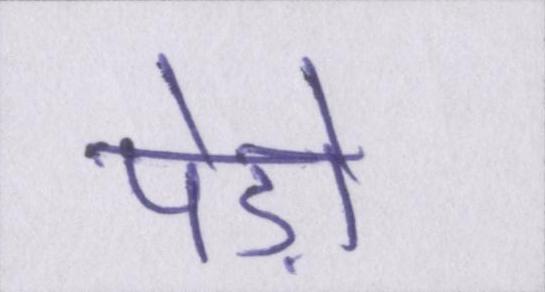
पेड़ों